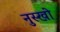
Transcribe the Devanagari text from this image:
नुस्खो